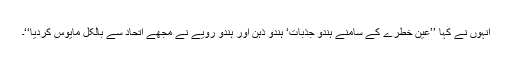
انہوں نے کہا ’’عین خطرے کے سامنے ہندو جذبات‘ ہندو ذہن اور ہندو رویے نے مجھے اتحاد سے بالکل مایوس کردیا‘‘۔